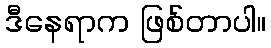
ဒီနေရာက ဖြစ်တာပါ။